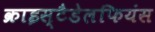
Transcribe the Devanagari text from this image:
क्राइस्टैडेलफियंस